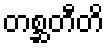
တစ္ဆတီတိ